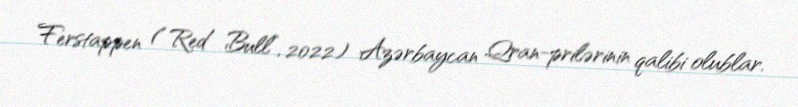
Ferstappen (“Red Bull”, 2022) Azərbaycan Qran-prilərinin qalibi olublar.